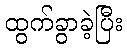
ထွက်ခွာခဲ့ပြီး